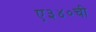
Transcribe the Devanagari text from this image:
ए३४०ची